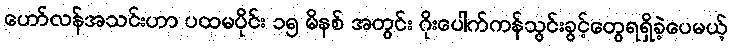
ဟော်လန်အသင်းဟာ ပထမပိုင်း ၁၅ မိနစ် အတွင်း ဂိုးပေါက်ကန်သွင်းခွင့်တွေရရှိခဲ့ပေမယ့်